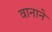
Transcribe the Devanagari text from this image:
वानाने